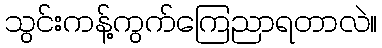
သွင်းကန့်ကွက်ကြေညာရတာလဲ။